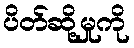
ပိတ်ဆို့မှုကို